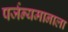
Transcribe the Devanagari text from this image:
पर्जन्यमानाला